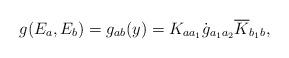
LaTeX: \begin{align*}g(E_a,E_b)=g_{ab}(y)=K_{aa_1}\dot{g}_{a_1a_2}\overline{K}_{b_1b},\end{align*}